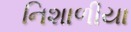
નિશાળીયા